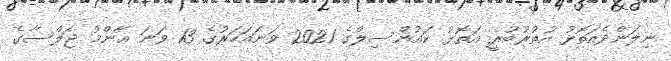
ނިލަންދެއަތޮޅު އުތުރުބުރީ އަތޮޅު ކައުންސިލްގެ 2021 ވަނައަހަރުގެ 13 ވަނަ ޢާންމު ޖަލްސާގެ